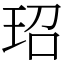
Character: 玿